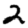
Digit: 2